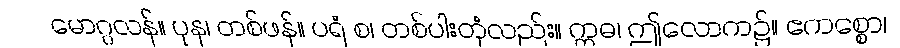
မောဂ္ဂလန်။ ပုန၊ တစ်ဖန်။ ပရံ စ၊ တစ်ပါးတုံလည်း။ ဣဓ၊ ဤလောက၌။ ဧကစ္စော၊